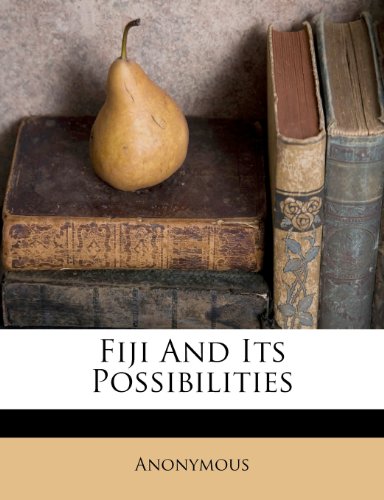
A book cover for Fiji And Its Possibilities; Anonymous; History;